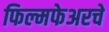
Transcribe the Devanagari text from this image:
फिल्मफेअरचे